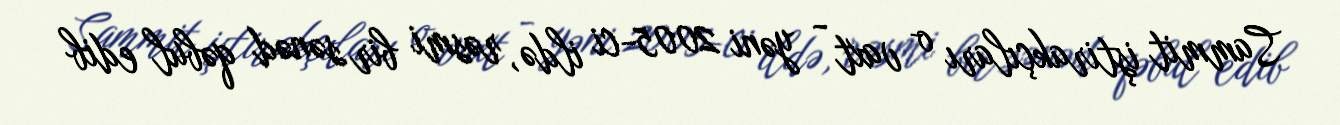
Sammit iştirakçıları o vaxt - yəni 2005-ci ildə, rəsmi bir sənəd qəbul edib